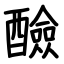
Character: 醶